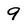
Character: 9